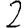
Digit: 2